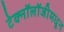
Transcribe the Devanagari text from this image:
टेक्‍नॉलॉजीमधून